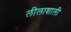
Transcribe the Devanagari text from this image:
लीलाशाली